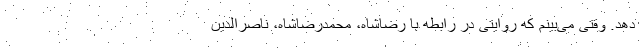
دهد. وقتی می‌بینم که روایتی در رابطه با رضاشاه، محمدرضاشاه، ناصرالدین